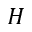
H